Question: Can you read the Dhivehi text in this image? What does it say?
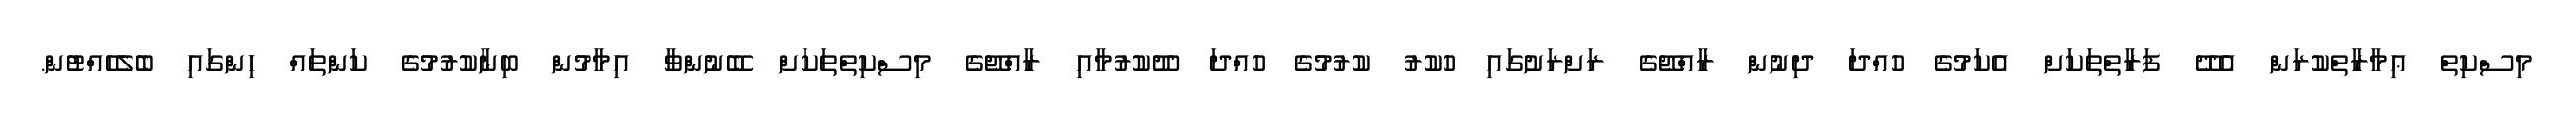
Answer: މިސްކިތް ޢިމާރާތްކުރަން އެދޭ ފަރާތްތަކަށް އެކަމުގެ ހުއްދަ ދިނުން ރާއްޖޭގެ ރަށްރަށުގައި ހުކުރު ކުރުމުގެ ހުއްދަ ދޫކުރުމާއި ރާއްޖޭގެ މިސްކިތްތަކަށް ބޭނުންވާ އިމާމުން ބިނާކުރުމުގެ ކަންތައް ހިންގައި ބެލެހެއްޓުން.